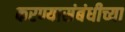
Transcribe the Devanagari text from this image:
करण्यासंबंधीच्या